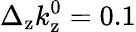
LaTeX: \Delta_{\mathrm{z}}k_{\mathrm{z}}^{0}=0.1